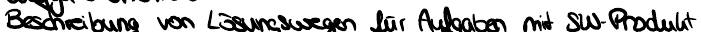
Beschreibung von Lösungswegen für Aufgaben mit SW-Produkt